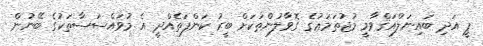
ޕީ އަދި ބައިނަލްއަޤްވާމީ މުޖުތަމަޢުގެ ގޮވާލުންތަކަށް ބީރު ކަންފަތެއްދީ އެ މުވައްސަސާތަކުގެ ބޭނުން